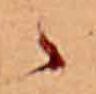
ゝ